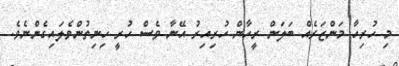
މި ހުރިހާ މަންޒަރެއް ބަލަން ރީހާން ހުރިއިރު އޭނާ ވެސް ހުރީ ހިނިތުންވެލައިގެންނެވެ.